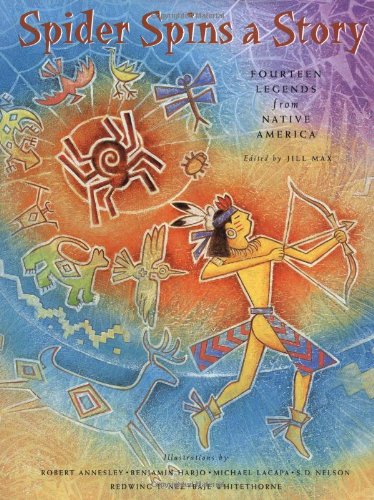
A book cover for Spider Spins a Story: Fourteen Legends from Native America; Jill Max; Children's Books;